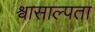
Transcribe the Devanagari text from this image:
श्वासाल्पता